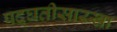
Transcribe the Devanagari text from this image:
पद्घतीसारखा